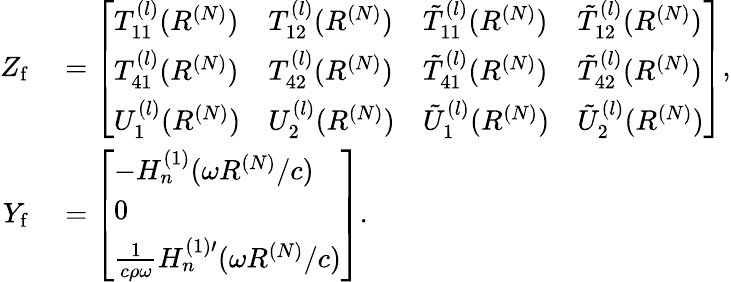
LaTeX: \begin{array}{rl}{Z_{\mathrm{f}}}&{{}=\left[\begin{array}{llll}{T_{11}^{(l)}(R^{(N)})}&{T_{12}^{(l)}(R^{(N)})}&{\tilde{T}_{11}^{(l)}(R^{(N)})}&{\tilde{T}_{12}^{(l)}(R^{(N)})}\\ {T_{41}^{(l)}(R^{(N)})}&{T_{42}^{(l)}(R^{(N)})}&{\tilde{T}_{41}^{(l)}(R^{(N)})}&{\tilde{T}_{42}^{(l)}(R^{(N)})}\\ {U_{1}^{(l)}(R^{(N)})}&{U_{2}^{(l)}(R^{(N)})}&{\tilde{U}_{1}^{(l)}(R^{(N)})}&{\tilde{U}_{2}^{(l)}(R^{(N)})}\end{array}\right],}\\ {Y_{\mathrm{f}}}&{{}=\left[\begin{array}{l}{-H_{n}^{(1)}(\omega R^{(N)}/c)}\\ {0}\\ {\frac{1}{c\rho\omega}H_{n}^{(1)\prime}(\omega R^{(N)}/c)}\end{array}\right].}\end{array}